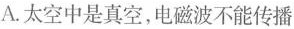
A.太空中是真空，电磁波不能传播